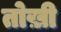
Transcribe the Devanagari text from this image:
तोख़ी